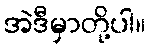
အဲဒီမှာတို့ပါ။